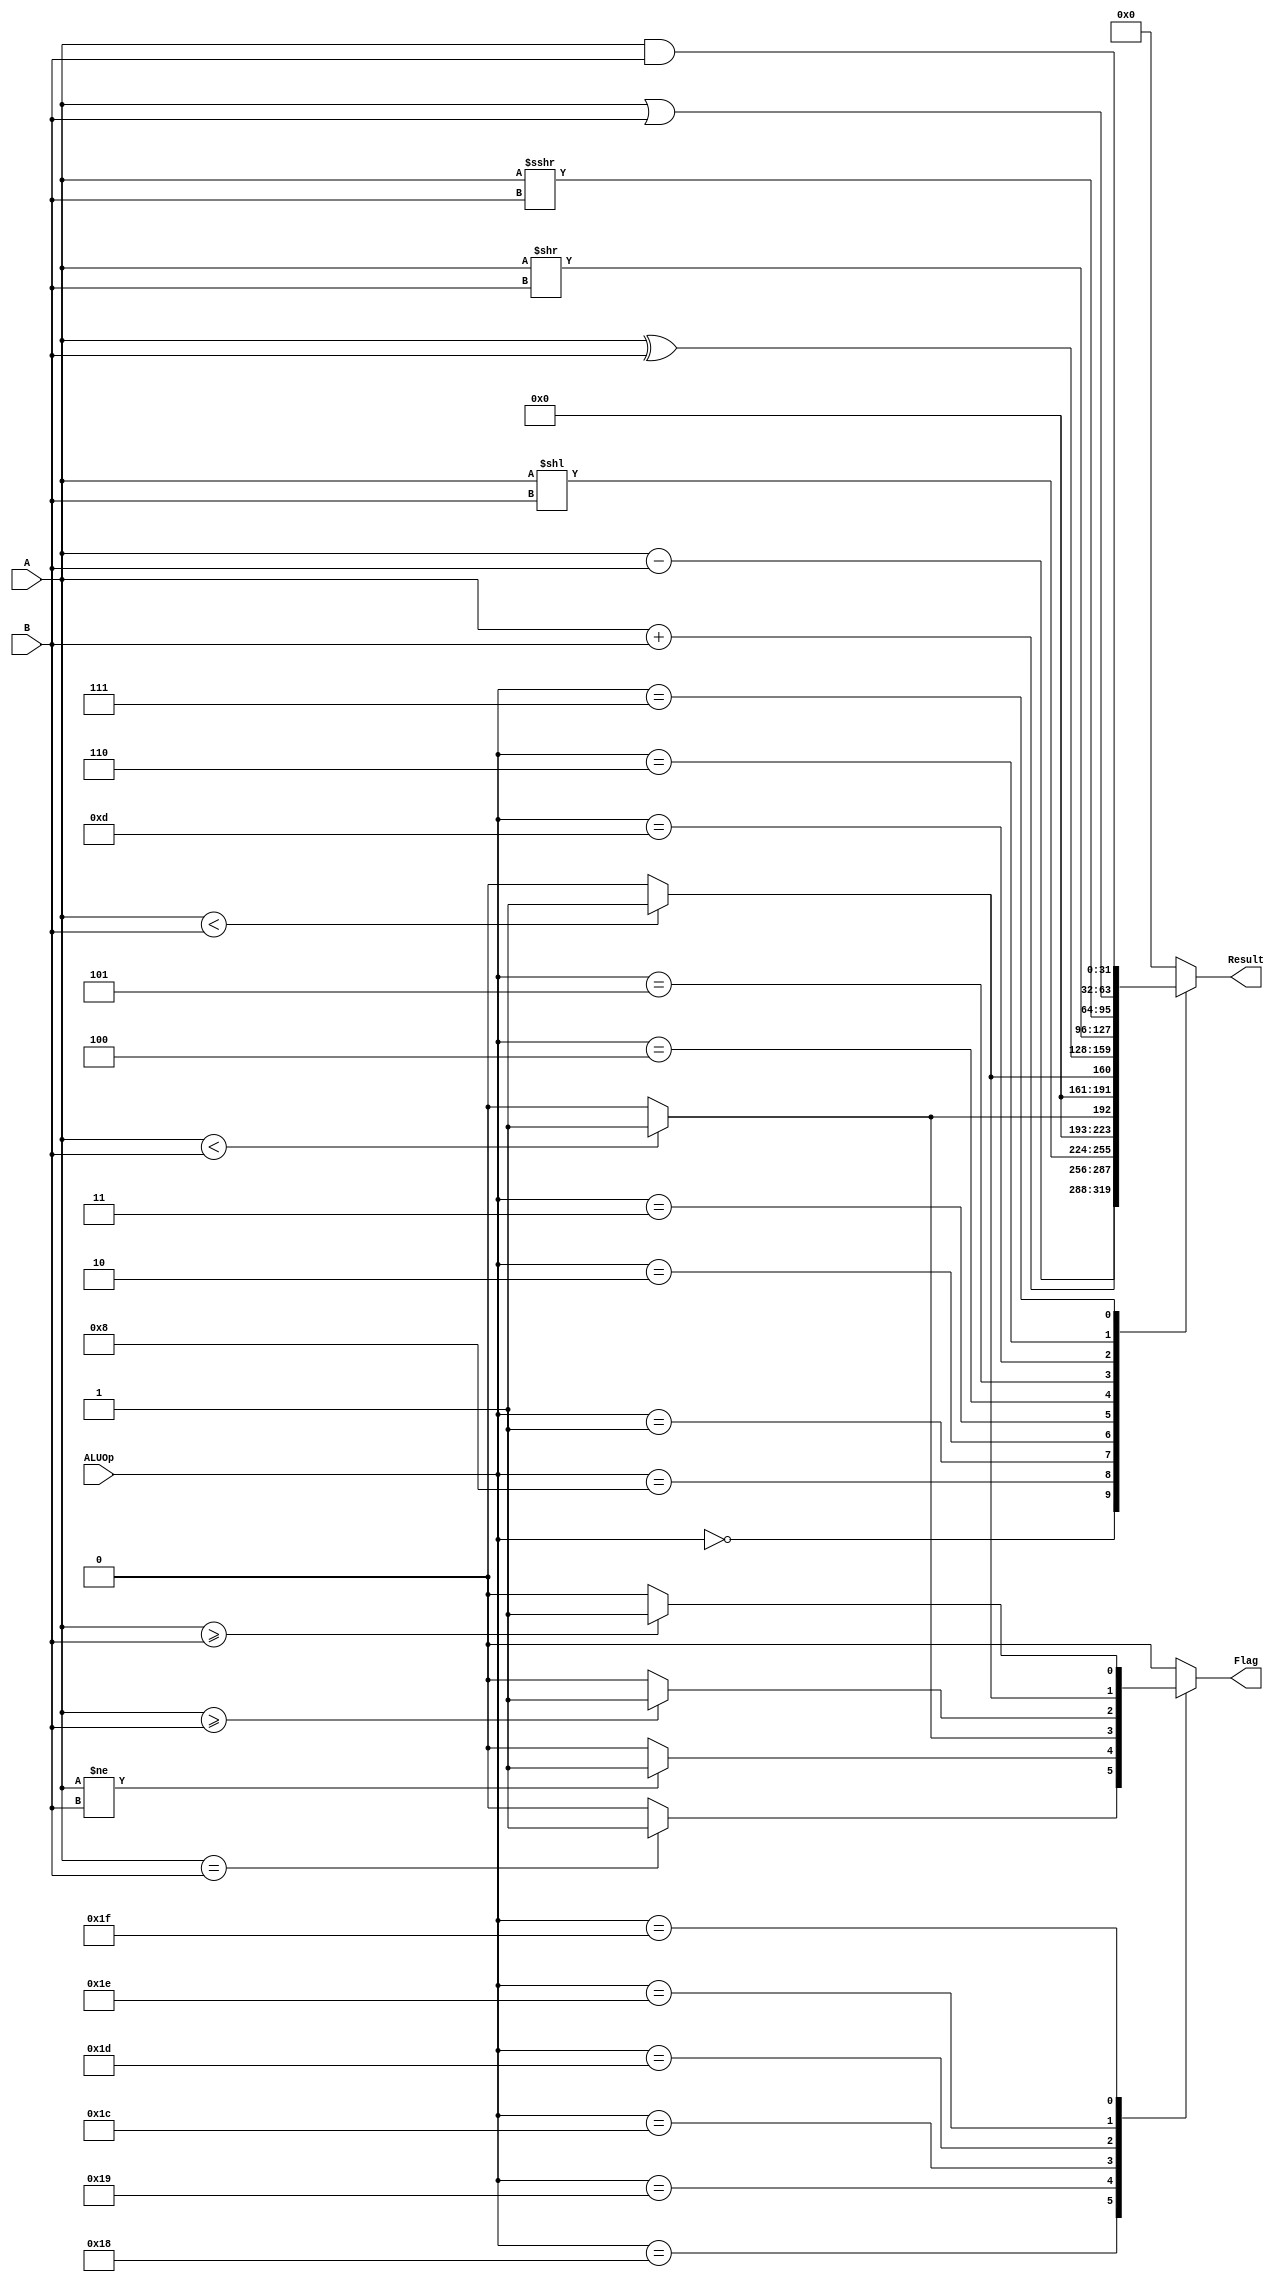
`timescale 1ns / 1ps

`define ALU_ADD  5'b00000
`define ALU_SUB  5'b01000
`define ALU_SLL  5'b00001
`define ALU_SLT  5'b00010
`define ALU_SLTU 5'b00011
`define ALU_XOR  5'b00100
`define ALU_SRL  5'b00101
`define ALU_SRA  5'b01101
`define ALU_OR   5'b00110
`define ALU_AND  5'b00111
`define ALU_BEQ  5'b11000
`define ALU_BNE  5'b11001
`define ALU_BLT  5'b11100
`define ALU_BGE  5'b11101
`define ALU_BLTU 5'b11110
`define ALU_BGEU 5'b11111

module ALU( A, B, ALUOp, Result, Flag );
           parameter WIDTH = 32;
           input      [WIDTH-1:0]  A;
           input      [WIDTH-1:0]  B;
           input      [4:0]        ALUOp;
           output reg [WIDTH-1:0]  Result;
           output reg              Flag;
always@(*)
begin
    case(ALUOp)
        `ALU_ADD: begin
                Result <= A + B;
                Flag <= 1'b0;
            end
        `ALU_SUB: begin
                Result <= A - B;
                Flag <= 1'b0;
            end
        `ALU_SLL: begin
                Result <= A << B;
                Flag <= 1'b0;
            end
        `ALU_SLT: begin
                Result <= ($signed(A) < $signed(B)) ? 1 : 0;
                Flag <= 1'b0;
            end
        `ALU_SLTU: begin
                Result <= (A < B) ? 1 : 0;
                Flag <= 1'b0;
            end
        `ALU_XOR: begin
                Result <= A ^ B;
                Flag <= 1'b0;
            end
        `ALU_SRL: begin
                Result <= A >> B;
                Flag <= 1'b0;
            end
        `ALU_SRA: begin
                Result <= $signed(A) >>> B;
                Flag <= 1'b0;
            end
        `ALU_OR: begin
                Result <= A | B;
                Flag <= 1'b0;
            end
        `ALU_AND: begin
                Result <= A & B;
                Flag <= 1'b0;
            end
        `ALU_BEQ: begin
                Result <= 1'b0;
                Flag <= (A == B) ? 1 : 0;
            end
        `ALU_BNE: begin
                Result <= 1'b0;
                Flag <= (A != B) ? 1 : 0;
            end
        `ALU_BLT: begin
                Result <= 1'b0;
                Flag <= ($signed(A) < $signed(B)) ? 1 : 0;
            end
        `ALU_BGE: begin
                Result <= 1'b0;
                Flag <= ($signed(A) >= $signed(B)) ? 1 : 0;
            end
        `ALU_BLTU: begin
                Result <= 1'b0;
                Flag <= (A < B) ? 1 : 0;
            end
        `ALU_BGEU: begin
                Result <= 1'b0;
                Flag <= (A >= B) ? 1 : 0;
            end
        default: begin
                Result <= 1'b0;
                Flag <= 1'b0;
            end
    endcase 
end
endmodule